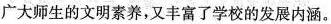
广大师生的文明素养，又丰富了学校的发展内涵。